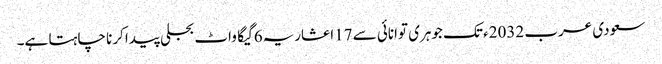
سعودی عرب 2032ء تک جوہری توانائی سے 17اعشاریہ6 گیگا واٹ بجلی پیدا کرنا چاہتا ہے۔